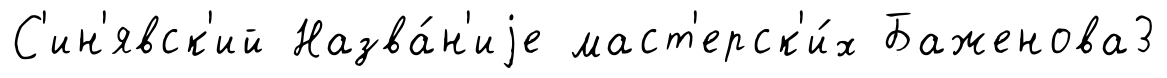
С'ин'явск'ий Назва́н'иjе маст'ерск'и́х Баженова3